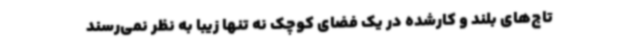
تاج‌های بلند و کارشده در یک فضای کوچک نه تنها زیبا به نظر نمی‌رسند